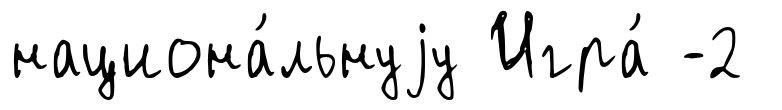
национа́льнуjу Игра́ -2